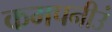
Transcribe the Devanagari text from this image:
कमपनीउं